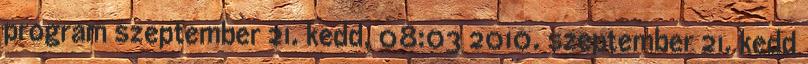
program szeptember 21. kedd, 08:03 2010. szeptember 21. kedd